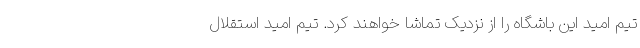
تیم امید این باشگاه را از نزدیک تماشا خواهند کرد. تیم امید استقلال